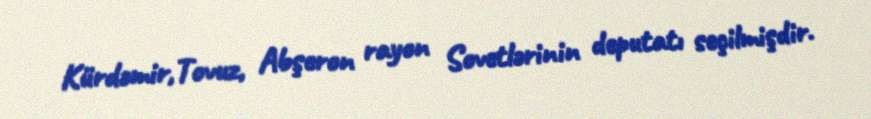
Kürdəmir,Tovuz, Abşeron rayon Sovetlərinin deputatı seçilmişdir.